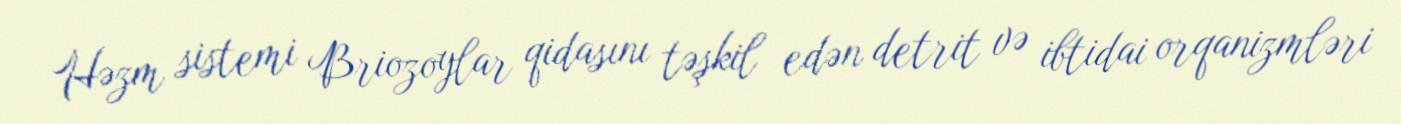
Həzm sistemi Briozoylar qidasını təşkil edən detrit və ibtidai orqanizmləri